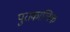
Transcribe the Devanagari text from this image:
पुराकालिक